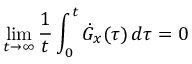
\operatorname* { l i m } _ { t \to \infty } \frac { 1 } { t } \int _ { 0 } ^ { t } \dot { G } _ { x } ( \tau ) \, d \tau = 0